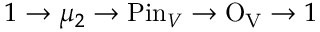
1 \rightarrow \mu _ { 2 } \rightarrow \mathrm { P i n } _ { V } \rightarrow \mathrm { O _ { V } } \rightarrow 1